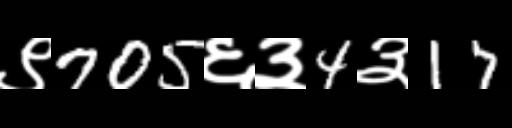
Text: ९705६३4३17